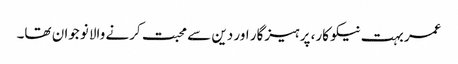
عمر بہت نیکو کار، پرہیزگار اور دین سے محبت کرنے والا نوجوان تھا۔